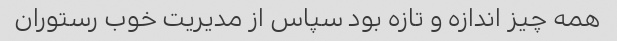
همه چیز اندازه و تازه بود سپاس از مدیریت خوب رستوران